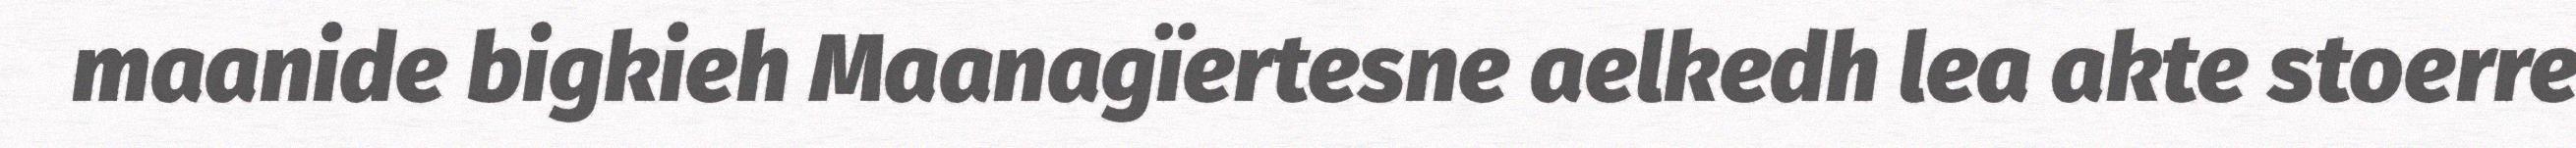
maanide bigkieh Maanagïertesne aelkedh lea akte stoerre